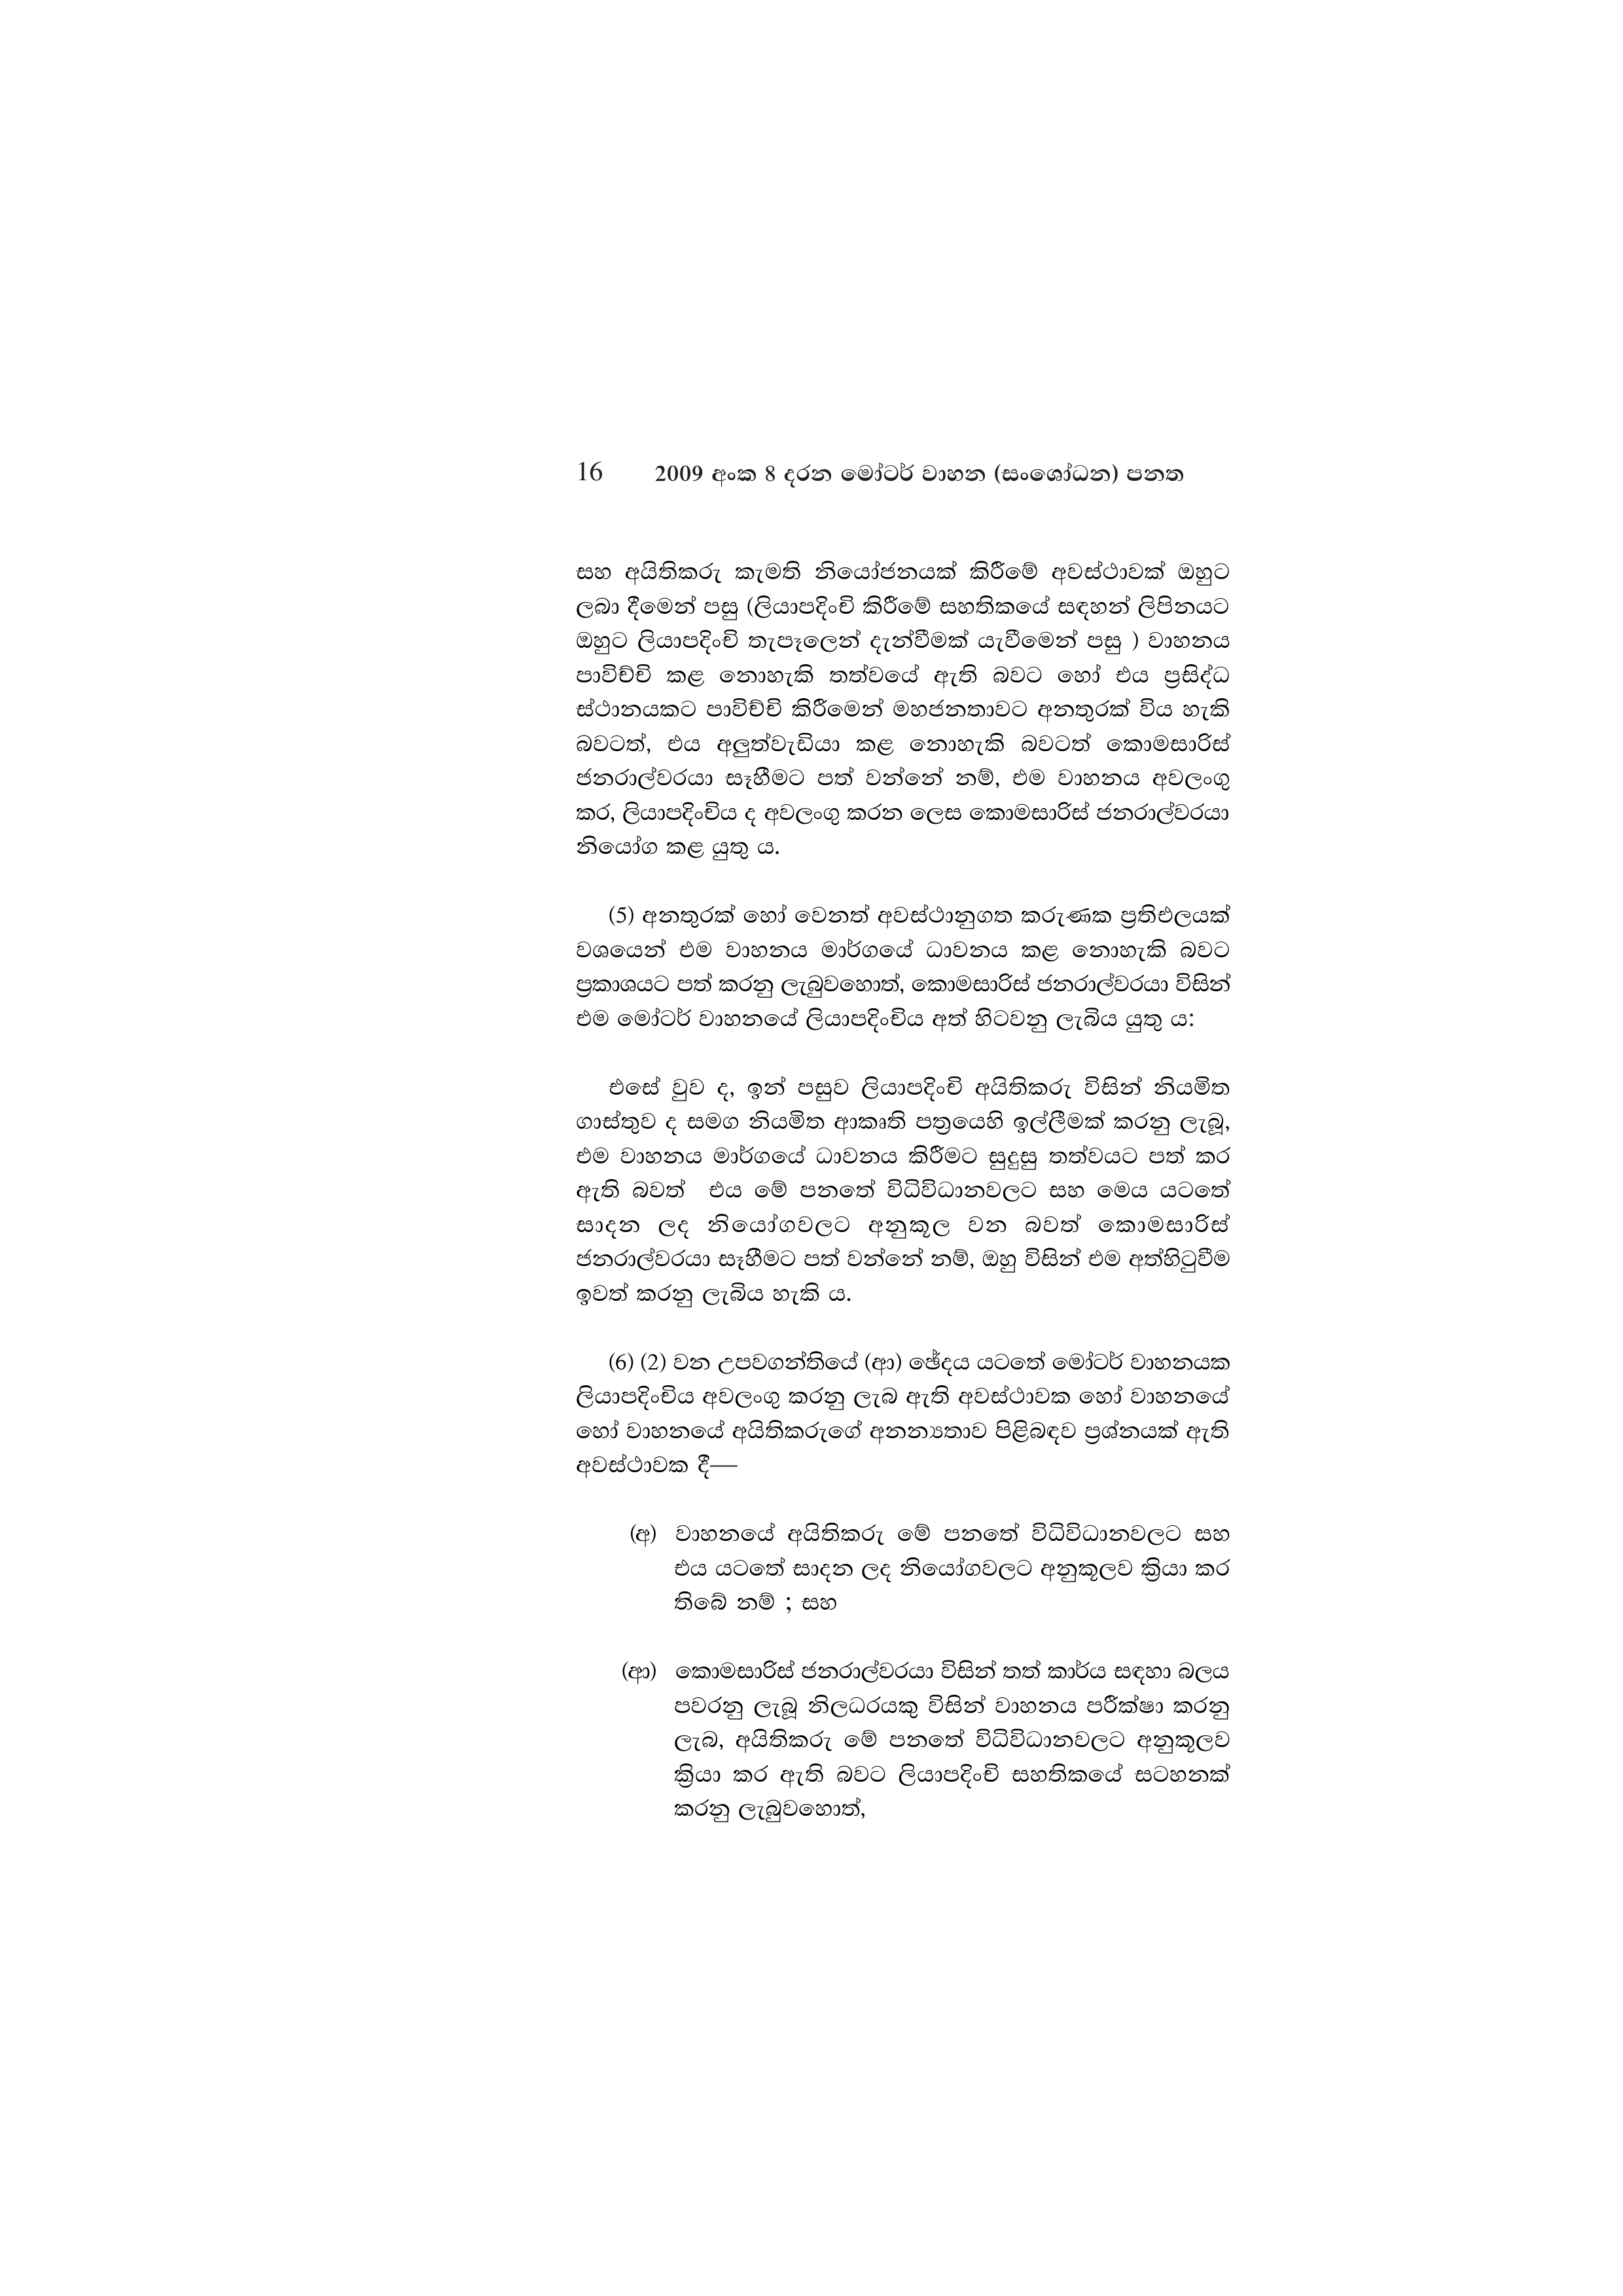
16 2009 අංක 8 දරන මෝටර් වාහන (සංශෝධන) පනත

සහ අයිතිකරු කැමති නියෝජනයක් කිරීමේ අවස්ථාවක් ඔහුට
ලබා දීමෙන් පසු (ලියාපදිංචි කිරීමේ සහතිකයේ සඳහන් ලිපිනයට
ඔහුට ලියාපදිංචි තැපෑලෙන් දැන්වීමක් යැවීමෙන් පසු ) වාහනය
පාවිච්චි කළ නොහැකි තත්වයේ ඇති බවට හෝ එය ප්‍රසිද්ධ
ස්ථානයකට පාවිච්චි කිරීමෙන් මහජනතාවට අනතුරක් විය හැකි
බවටත්, එය අලුත්වැඩියා කළ නොහැකි බවටත් කොමසාරිස්
ජනරාල්වරයා සෑහීමට පත් වන්නේ නම්, එම වාහනය අවලංගු
කර, ලියාපදිංචිය ද අවලංගු කරන ලෙස කොමසාරිස් ජනරාල්වරයා
නියෝග කළ යුතු ය.

(5) අනතුරක් හෝ වෙනත් අවස්ථානුගත කරුණක ප්‍රතිඵලයක්
වශයෙන් එම වාහනය මාර්ගයේ ධාවනය කළ නොහැකි බවට
ප්‍රකාශයට පත් කරනු ලැබුවහොත්, කොමසාරිස් ජනරාල්වරයා විසින්
එම මෝටර් වාහනයේ ලියාපදිංචිය අත් හිටවනු ලැබිය යුතු ය:

එසේ වුව ද, ඉන් පසුව ලියාපදිංචි අයිතිකරු විසින් නියමිත
ගාස්තුව ද සමග නියමිත ආකෘති පත්‍රයෙහි ඉල්ලීමක් කරනු ලැබූ,
එම වාහනය මාර්ගයේ ධාවනය කිරීමට සුදුසු තත්වයට පත් කර
ඇති බවත් එය මේ පනතේ විධිවිධානවලට සහ මෙය යටතේ
සාදන ලද නියෝගවලට අනුකූල වන බවත් කොමසාරිස්
ජනරාල්වරයා සෑහීමට පත් වන්නේ නම්, ඔහු විසින් එම අත්හිටුවීම
ඉවත් කරනු ලැබිය හැකි ය.

(6) (2) වන උපවගන්තියේ (ආ) ඡේදය යටතේ මෝටර් වාහනයක
ලියාපදිංචිය අවලංගු කරනු ලැබ ඇති අවස්ථාවක හෝ වාහනයේ
හෝ වාහනයේ අයිතිකරුගේ අනන්‍යතාව පිළිබඳව ප්‍රශ්නයක් ඇති
අවස්ථාවක දී—

(අ) වාහනයේ අයිතිකරු මේ පනතේ විධිවිධානවලට සහ
එය යටතේ සාදන ලද නියෝගවලට අනුකූලව ක්‍රියා කර
තිබේ නම් ; සහ

(ආ) කොමසාරිස් ජනරාල්වරයා විසින් තත් කාර්ය සඳහා බලය
පවරනු ලැබූ නිලධරයකු විසින් වාහනය පරීක්ෂා කරනු
ලැබ, අයිතිකරු මේ පනතේ විධිවිධානවලට අනුකූලව
ක්‍රියා කර ඇති බවට ලියාපදිංචි සහතිකයේ සටහනක්
කරනු ලැබුවහොත්,